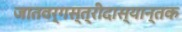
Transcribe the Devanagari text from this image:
जातवर्गस्त्रीदास्यान्तक